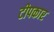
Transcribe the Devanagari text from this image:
टीपकार